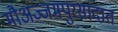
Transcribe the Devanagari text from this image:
मौअज्जमपुरसादात